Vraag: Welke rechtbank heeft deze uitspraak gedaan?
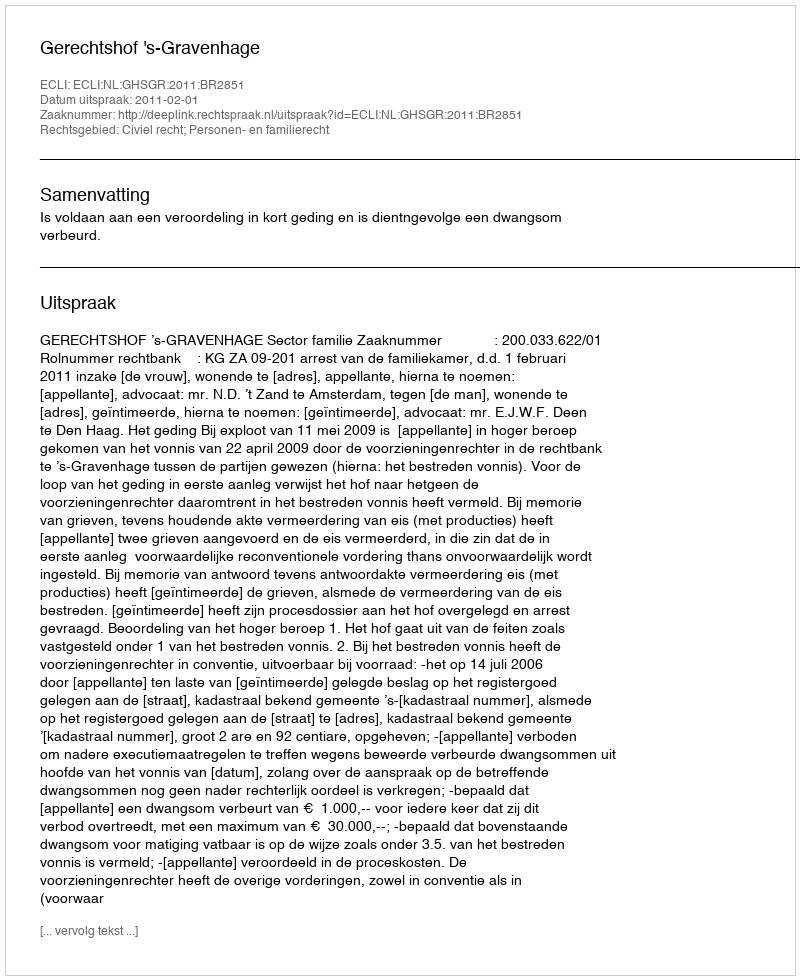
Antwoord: Gerechtshof 's-Gravenhage